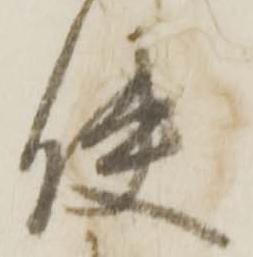
使